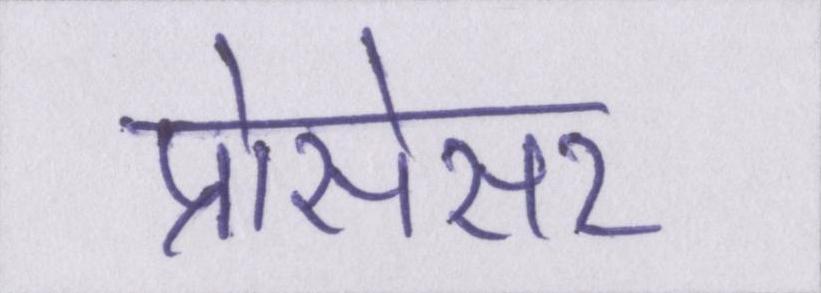
प्रोसेसर